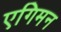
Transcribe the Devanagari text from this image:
एगिमन